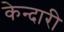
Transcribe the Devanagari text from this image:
केन्दारी